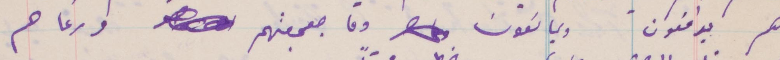
هم يدافعون ويمانعون وما جعجعتهم ورعاعهم